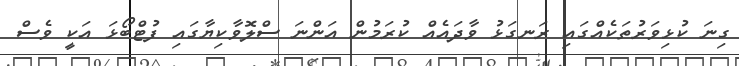
ގިނަ ކުޅިވަރުތަކެއްގައި ރަނގަޅު ވާދައެއް ކުރަމުން އަންނަ ސްލޮވާކިޔާގައި ފުޓްބޯޅަ އަކީ ވެސް